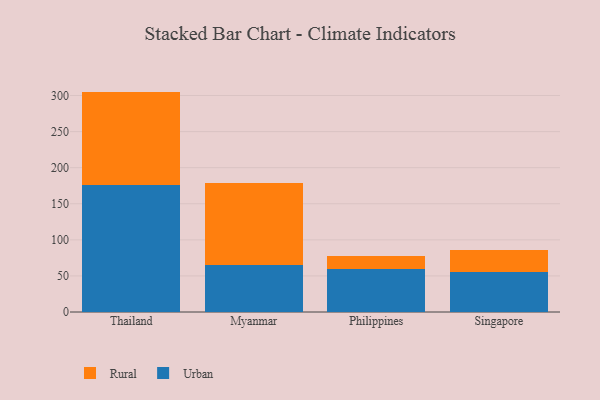
{"axis": {"x": "Country", "y": "Page Views"}, "legend": ["Rural", "Urban"], "data": [{"x": "Thailand", "y": 176.5, "type": "Urban"}, {"x": "Thailand", "y": 128.9, "type": "Rural"}, {"x": "Myanmar", "y": 65.3, "type": "Urban"}, {"x": "Myanmar", "y": 113.2, "type": "Rural"}, {"x": "Philippines", "y": 59.5, "type": "Urban"}, {"x": "Philippines", "y": 17.6, "type": "Rural"}, {"x": "Singapore", "y": 55.1, "type": "Urban"}, {"x": "Singapore", "y": 30.8, "type": "Rural"}]}